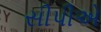
સીપીએ